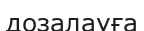
дозалауға